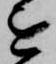
を